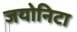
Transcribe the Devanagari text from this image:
जयोनिटा